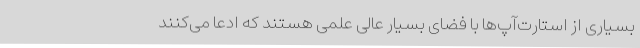
بسیاری از استارت‌آپ‌ها با فضای بسیار عالی علمی هستند که ادعا می‌کنند